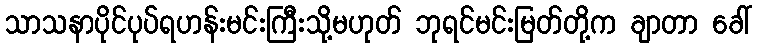
သာသနာပိုင်ပုပ်ရဟန်းမင်းကြီးသို့မဟုတ် ဘုရင်မင်းမြတ်တို့က ချာတာ ခေါ်